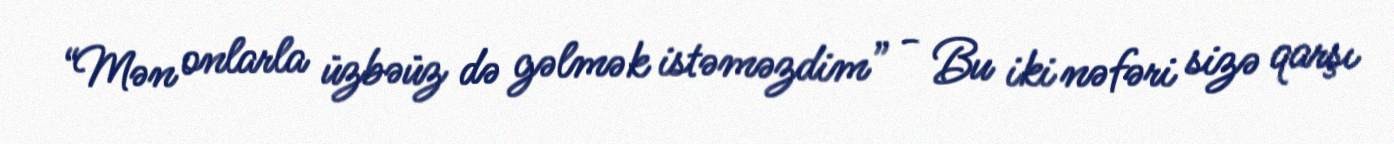
“Mən onlarla üzbəüz də gəlmək istəməzdim” - Bu iki nəfəri sizə qarşı